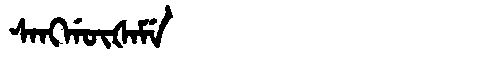
Manchu: ᠰᠠᠩᡤᡡᡧᠠᠮᡝ
Romanization: SANGGŪŠAME